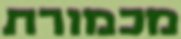
מכמורת